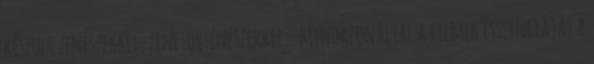
készült zenészekkel, zenetörténészekkel – mindazonáltal a filmek esszenciáját a